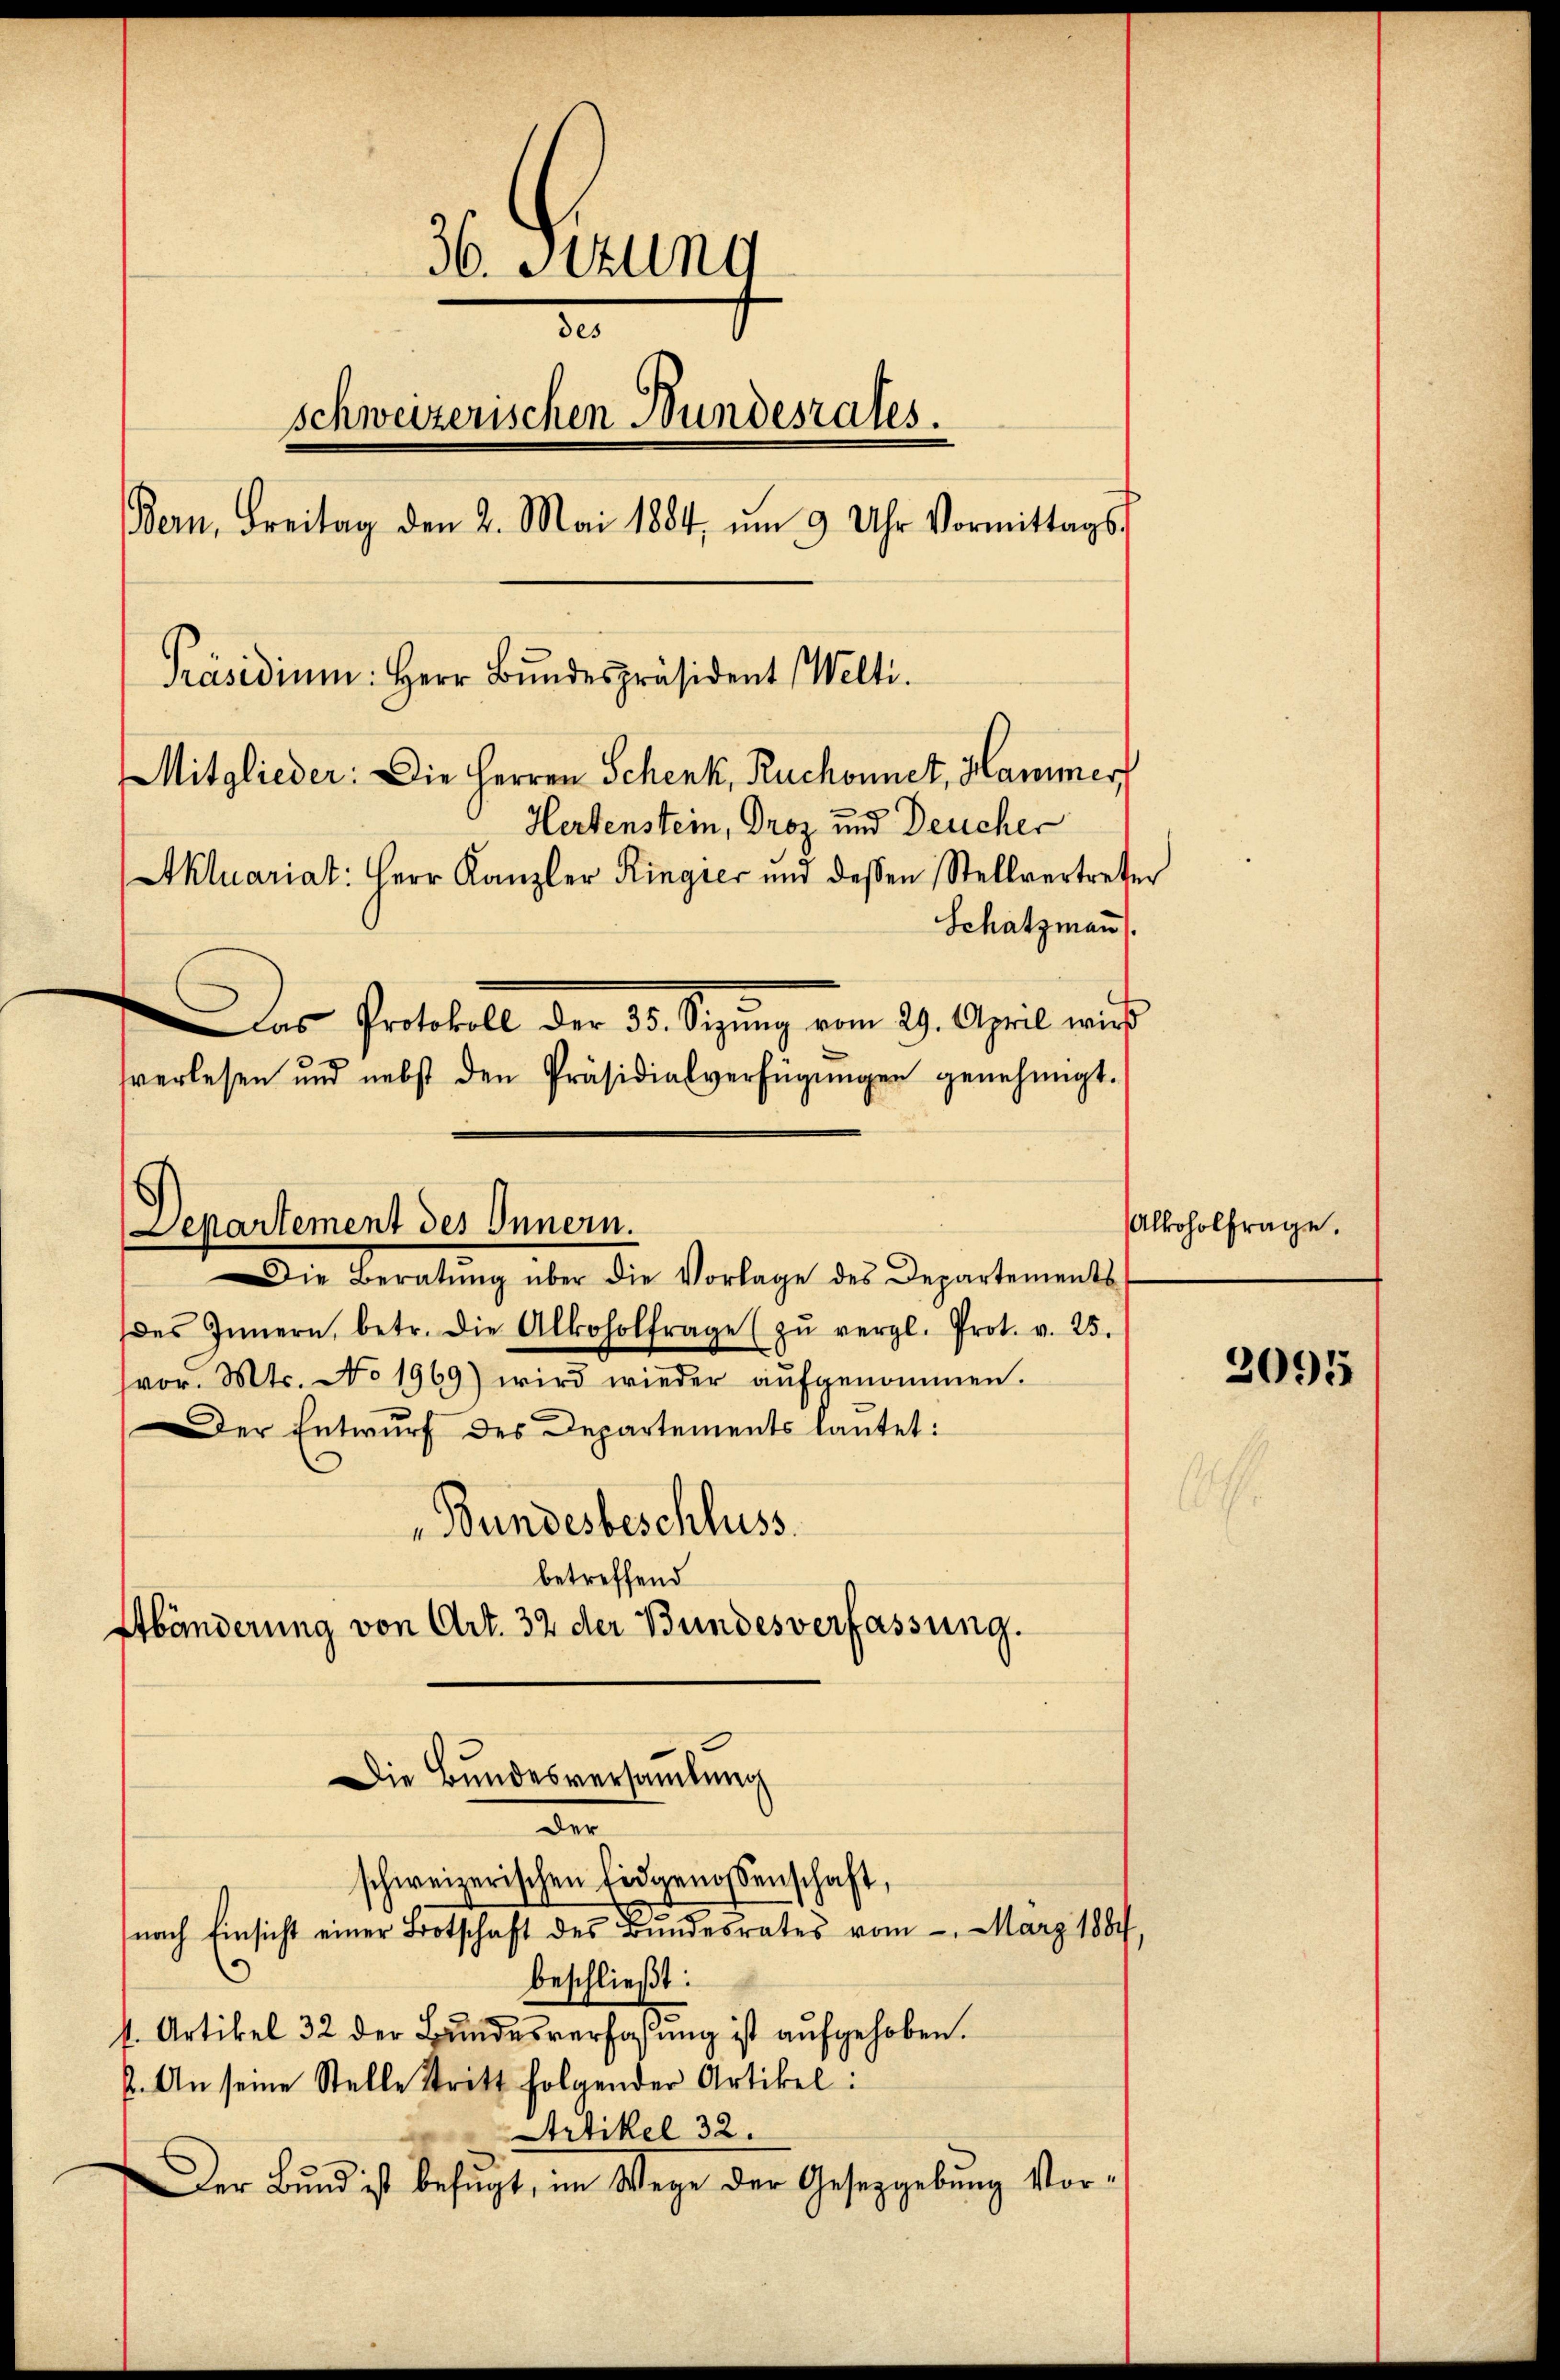
36. Sitzung
de
schweizerischen Bundesrates.
Bern, Freitag den 2. Mai 1884, um 9 Uhr Vormittags
Präsidium. Herr Bundespräsident Welti.
Mitglieder: Die Herren Schenk, Ruchonnet, Hammerf
Hertenstein, Proz und Deucher
Akluariat: Herr Kanzler Ringier und dessen Stellvertreter
Schatzmann.
Der Protokoll der 5. Sigung vom 29. April ich
verlesen und nebst den Präsidialverfügungen genehmigt.

Die Beratung über die Vorlage des Departements
des Innern, betr. die Alkoholfrage (zŭ vergl. Prot. v. 25.
vor. Mts. No. 1939) wird wieder aufgenommen.
Der Entwŭrf des Departements lautet:
Bundesbeschluss.
betreffend
Abänderung von Art. 32 der Bundesverfassung.
Die Bundesversamlung
de
schweizerischen Eidgenossenschaft,
nach Einsicht einer Bootschaft des Bundesrates vom 2. März 1884,
beschließt:
s. Artikel 32 der Bundesverfassung ist aufgehoben.
2. An seine Stelle Stritt folgender Artikel:
Artikel 32.
Der Bund ist befugt, im Wege der Gesetzgebung vor¬

Departement des Innern.

Alkoholfrage.

2095